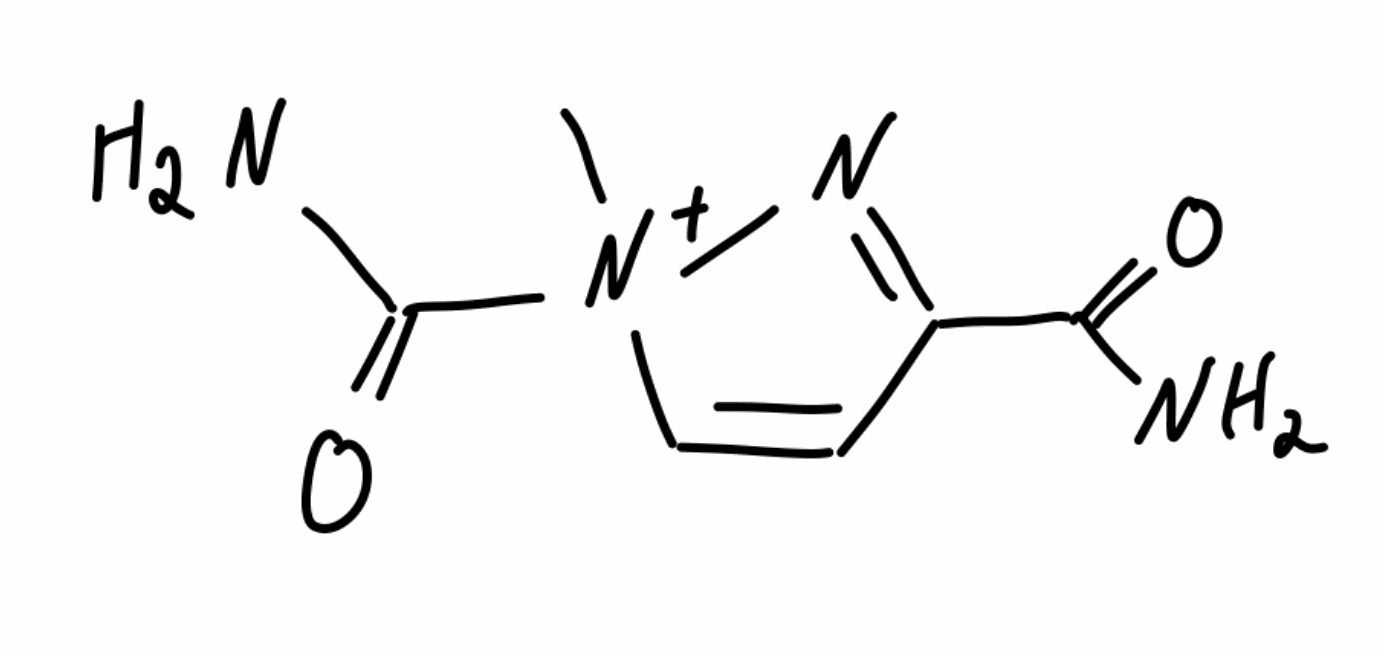
Simplified molecular-input line-entry system (SMILES) notation of the given molecule:
C[N+]1(C=CC(=N1)C(=O)N)C(=O)N